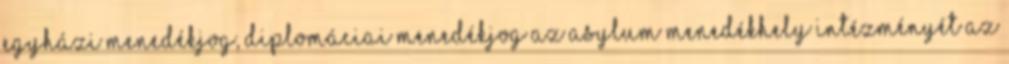
egyházi menedékjog, diplomáciai menedékjog Az asylum menedékhely intézményét az